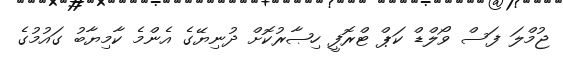
ޖުމްލަ ފަސް ވޯލްޑް ކަޕް ޓްރޮފީ ހިޞާރުކޮށް ދުނިޔޭގެ އެންމެ ކާމިޔާބު ގައުމުގެ